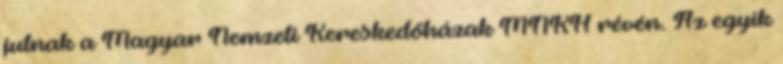
jutnak a Magyar Nemzeti Kereskedőházak MNKH révén. Az egyik